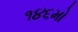
૧૪૬મો